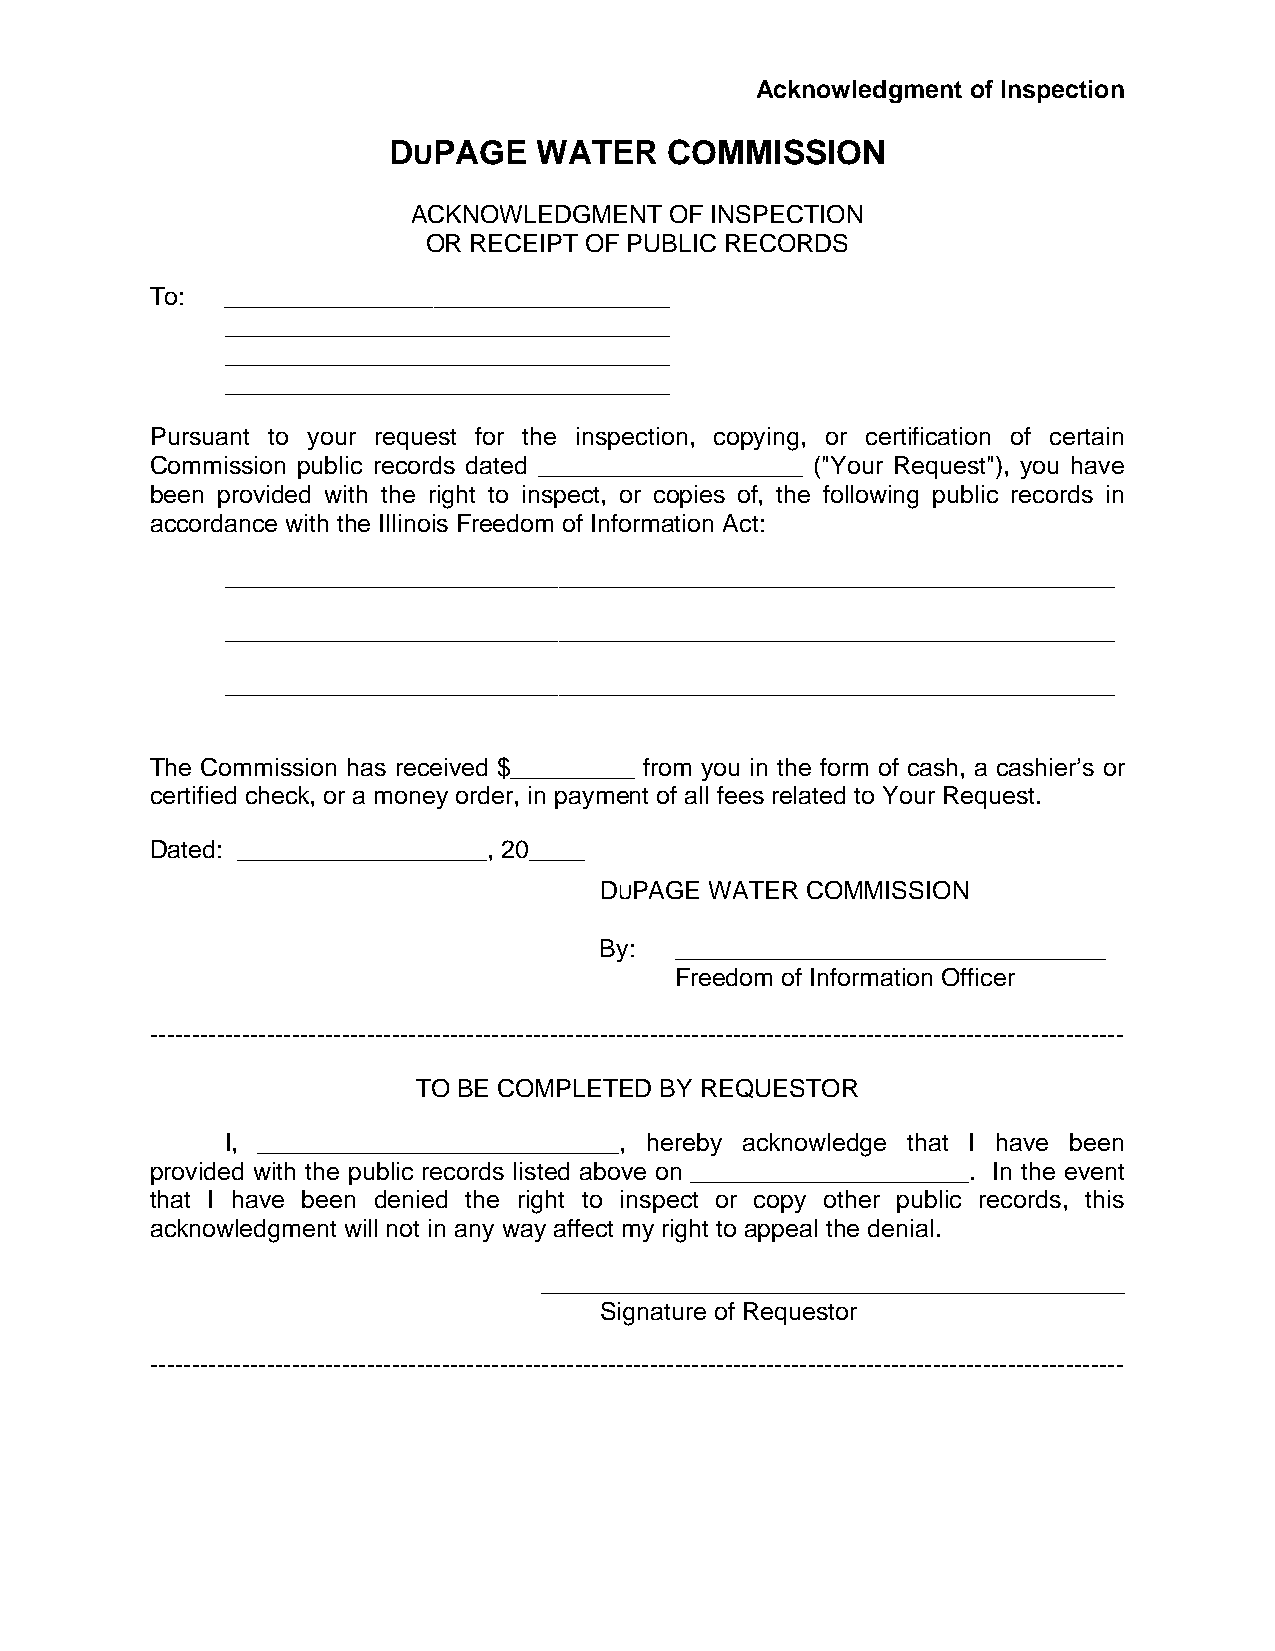
Acknowledgment of Inspection
 DUPAGE    WATER   COMMISSION
 ACKNOWLEDGMENT   OF INSPECTION
 OR RECEIPT OF PUBLIC RECORDS
 To:  ________________________________
 ________________________________
 ________________________________
 ________________________________
 Pursuant to your request for the inspection, copying, or certification of certain
 Commission public records dated ___________________ ("Your Request"), you have
 been provided with the right to inspect, or copies of, the following public records in
 accordance with the Illinois Freedom of Information Act:
 ________________________________________________________________
 ________________________________________________________________
 ________________________________________________________________
 The Commission has received $_________ from you in the form of cash, a cashier’s or
 certified check, or a money order, in payment of all fees related to Your Request.
 Dated: __________________, 20____
 DUPAGE WATER COMMISSION
 By:  _______________________________
 Freedom of Information Officer
 ---------------------------------------------------------------------------------------------------------------------
 TO BE COMPLETED BY REQUESTOR
 I, __________________________, hereby acknowledge that I have been
 provided with the public records listed above on ____________________. In the event
 that I have been denied the right to inspect or copy other public records, this
 acknowledgment will not in any way affect my right to appeal the denial.
 __________________________________________
 Signature of Requestor
 ---------------------------------------------------------------------------------------------------------------------